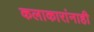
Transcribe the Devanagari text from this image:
कलाकारांनाही